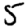
Digit: 5